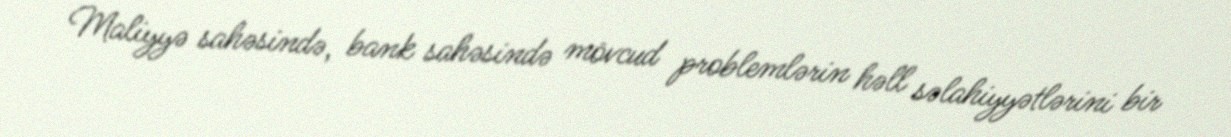
Maliyyə sahəsində, bank sahəsində mövcud problemlərin həll səlahiyyətlərini bir